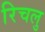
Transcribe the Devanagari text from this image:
रिचलु